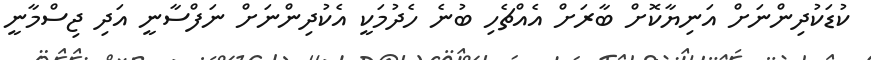
ކުޑަކުދިންނަށް އަނިޔާކޮށް ބާރަށް އެއްޗެހި ބުނެ ހެދުމަކީ އެކުދިންނަށް ނަފްސާނީ އަދި ޖިސްމާނީ